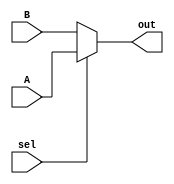
module mux24b(A,B,sel,out);
	input  [23:0]A,B;
	input  sel;
	output [23:0]out;
	
	assign out=sel?A:B;
endmodule
//////////////////////////////////////////////////////////////////////////////////

module mux8b(A,B,sel,out);
	input  [7:0]A,B;
	input  sel;
	output [7:0]out;
	
	assign out=sel?A:B;
endmodule
////////////////////////////////////////////////////////////////////////////////

module mux1b(A,B,sel,out);
	input  A,B;
	input  sel;
	output out;
	
	assign out=sel?A:B;
endmodule